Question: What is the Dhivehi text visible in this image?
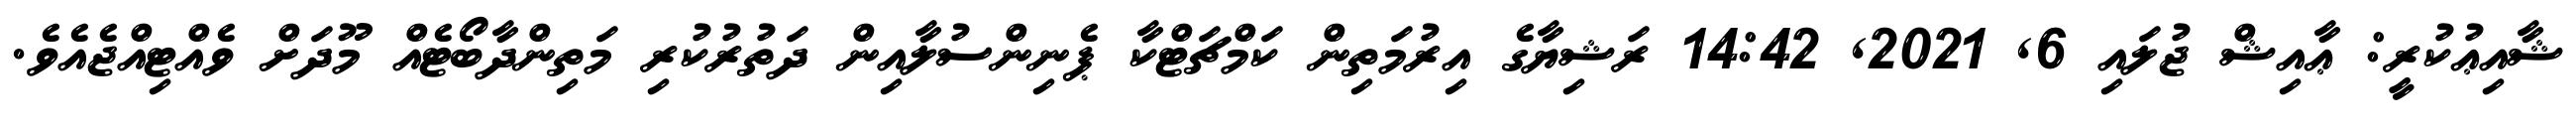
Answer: ޝާއިޢުކުރީ: ޢާއިޝް ޖުލައި 6, 2021, 14:42 ރަޝިޔާގެ އިރުމަތިން ކަމްޗަޓްކާ ޕެނިންސުލާއިން ދަތުރުކުރި މަތިންދާބޯޓެއް މޫދަށް ވެއްޓިއްޖެއެވެ.